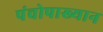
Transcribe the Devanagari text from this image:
पंचोपाख्यान